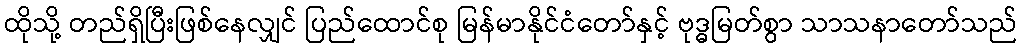
ထိုသို့ တည်ရှိပြီးဖြစ်နေလျှင် ပြည်ထောင်စု မြန်မာနိုင်ငံတော်နှင့် ဗုဒ္ဓမြတ်စွာ သာသနာတော်သည်